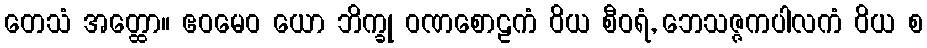
တေသံ အတ္ထော။ ဧဝမေဝ ယော ဘိက္ခု ဝဏစောဠကံ ဝိယ စီဝရံ, ဘေသဇ္ဇကပါလကံ ဝိယ စ